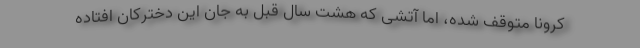
کرونا متوقف شده، اما آتشی که هشت سال قبل به جان این دخترکان افتاده‌